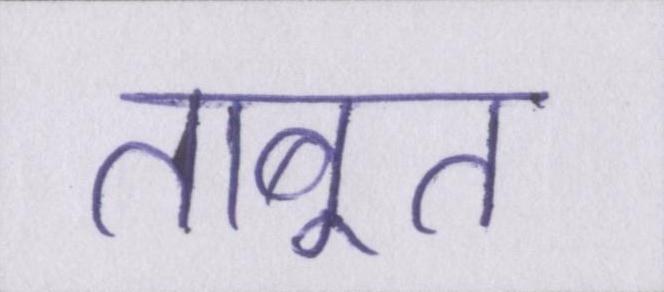
ताबूत